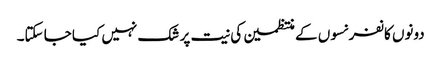
دونوں کانفرنسوں کے منتظمین کی نیت پر شک نہیں کیا جا سکتا۔